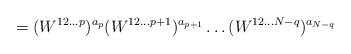
LaTeX: \begin{align*}=(W^{12\ldots p})^{a_p}(W^{12\ldots p+1})^{a_{p+1}}\ldots (W^{12\ldots N-q})^{a_{N-q}}\end{align*}